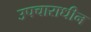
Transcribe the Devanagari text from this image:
उपचाराधीन